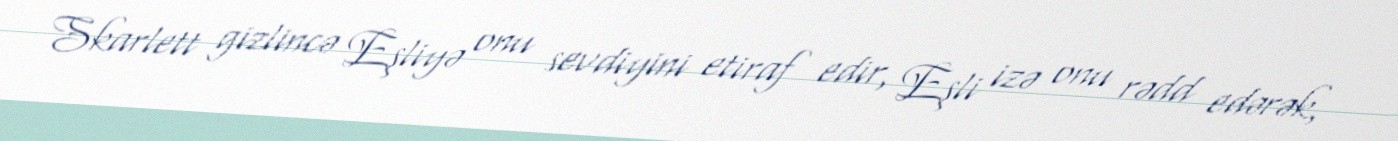
Skarlett gizlincə Eşliyə onu sevdiyini etiraf edir, Eşli izə onu rədd edərək,